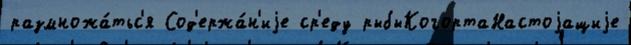
размножа́тьс'я Сод'ержа́н'иjе ср'еду рыбыКогортаНастоjащиjе